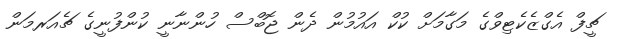
ޗީފް އެގްޒެކެޓިވްގެ މަގާމަށް ކުކް އައުމުން ދެން ޖޮބްސް ހުންނާނީ ކުންފުނީގެ ޗެއަރމަން